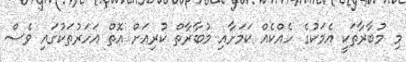
މި މުބާރާތަކީ އެމަކުގެ ހެއްކެއް ކަމަށާއި މުބާރާތް ކުރިއަށް އޮތް އަހަރުތަކުގައި ވެސް